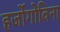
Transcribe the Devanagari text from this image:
हर्जोगोविना